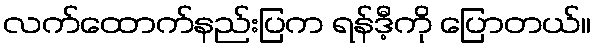
လက်ထောက်နည်းပြက ရန်ဒီ့ကို ပြောတယ်။